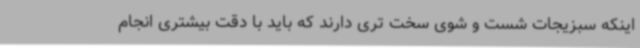
اینکه سبزیجات شست و شوی سخت تری دارند که باید با دقت بیشتری انجام